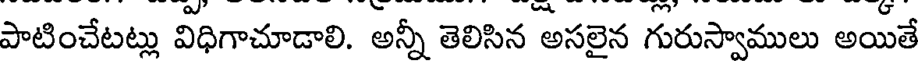
పాటించేటట్లు విధిగాచూడాలి. అన్నీ తెలిసిన అసలైన గురుస్వాములు అయితే